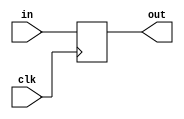
`timescale 1ns / 1ps
//////////////////////////////////////////////////////////////////////////////////
// Company: 
// Engineer: 
// 
// Design Name: 
// Module Name: puz
// Project Name: 
// Target Devices: 
// Tool Versions: 
// Description: 
// 
// Dependencies: 
// 
// Revision:
// Revision 0.01 - File Created
// Additional Comments:
// 
//////////////////////////////////////////////////////////////////////////////////


module puz #(

    parameter N = 8
)
(
    input clk,
    input [N-1 : 0] in,
    output [N-1 : 0] out
);    
    
    reg [N-1 : 0] state = 0;
    
    always @(posedge clk)
    begin
        
        state <= in;
    end
    
    assign out = state;
endmodule